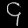
Digit: ၄